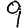
Digit: 9